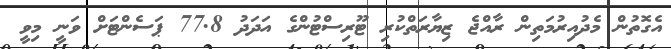
އެގޮތުން މެދުއިރުމަތިން ރާއްޖެ ޒިޔާރަތްކުރި ޓޫރިސްޓުންގެ އަދަދު 77.8 ޕަސެންޓަށް ވަނީ މިވީ